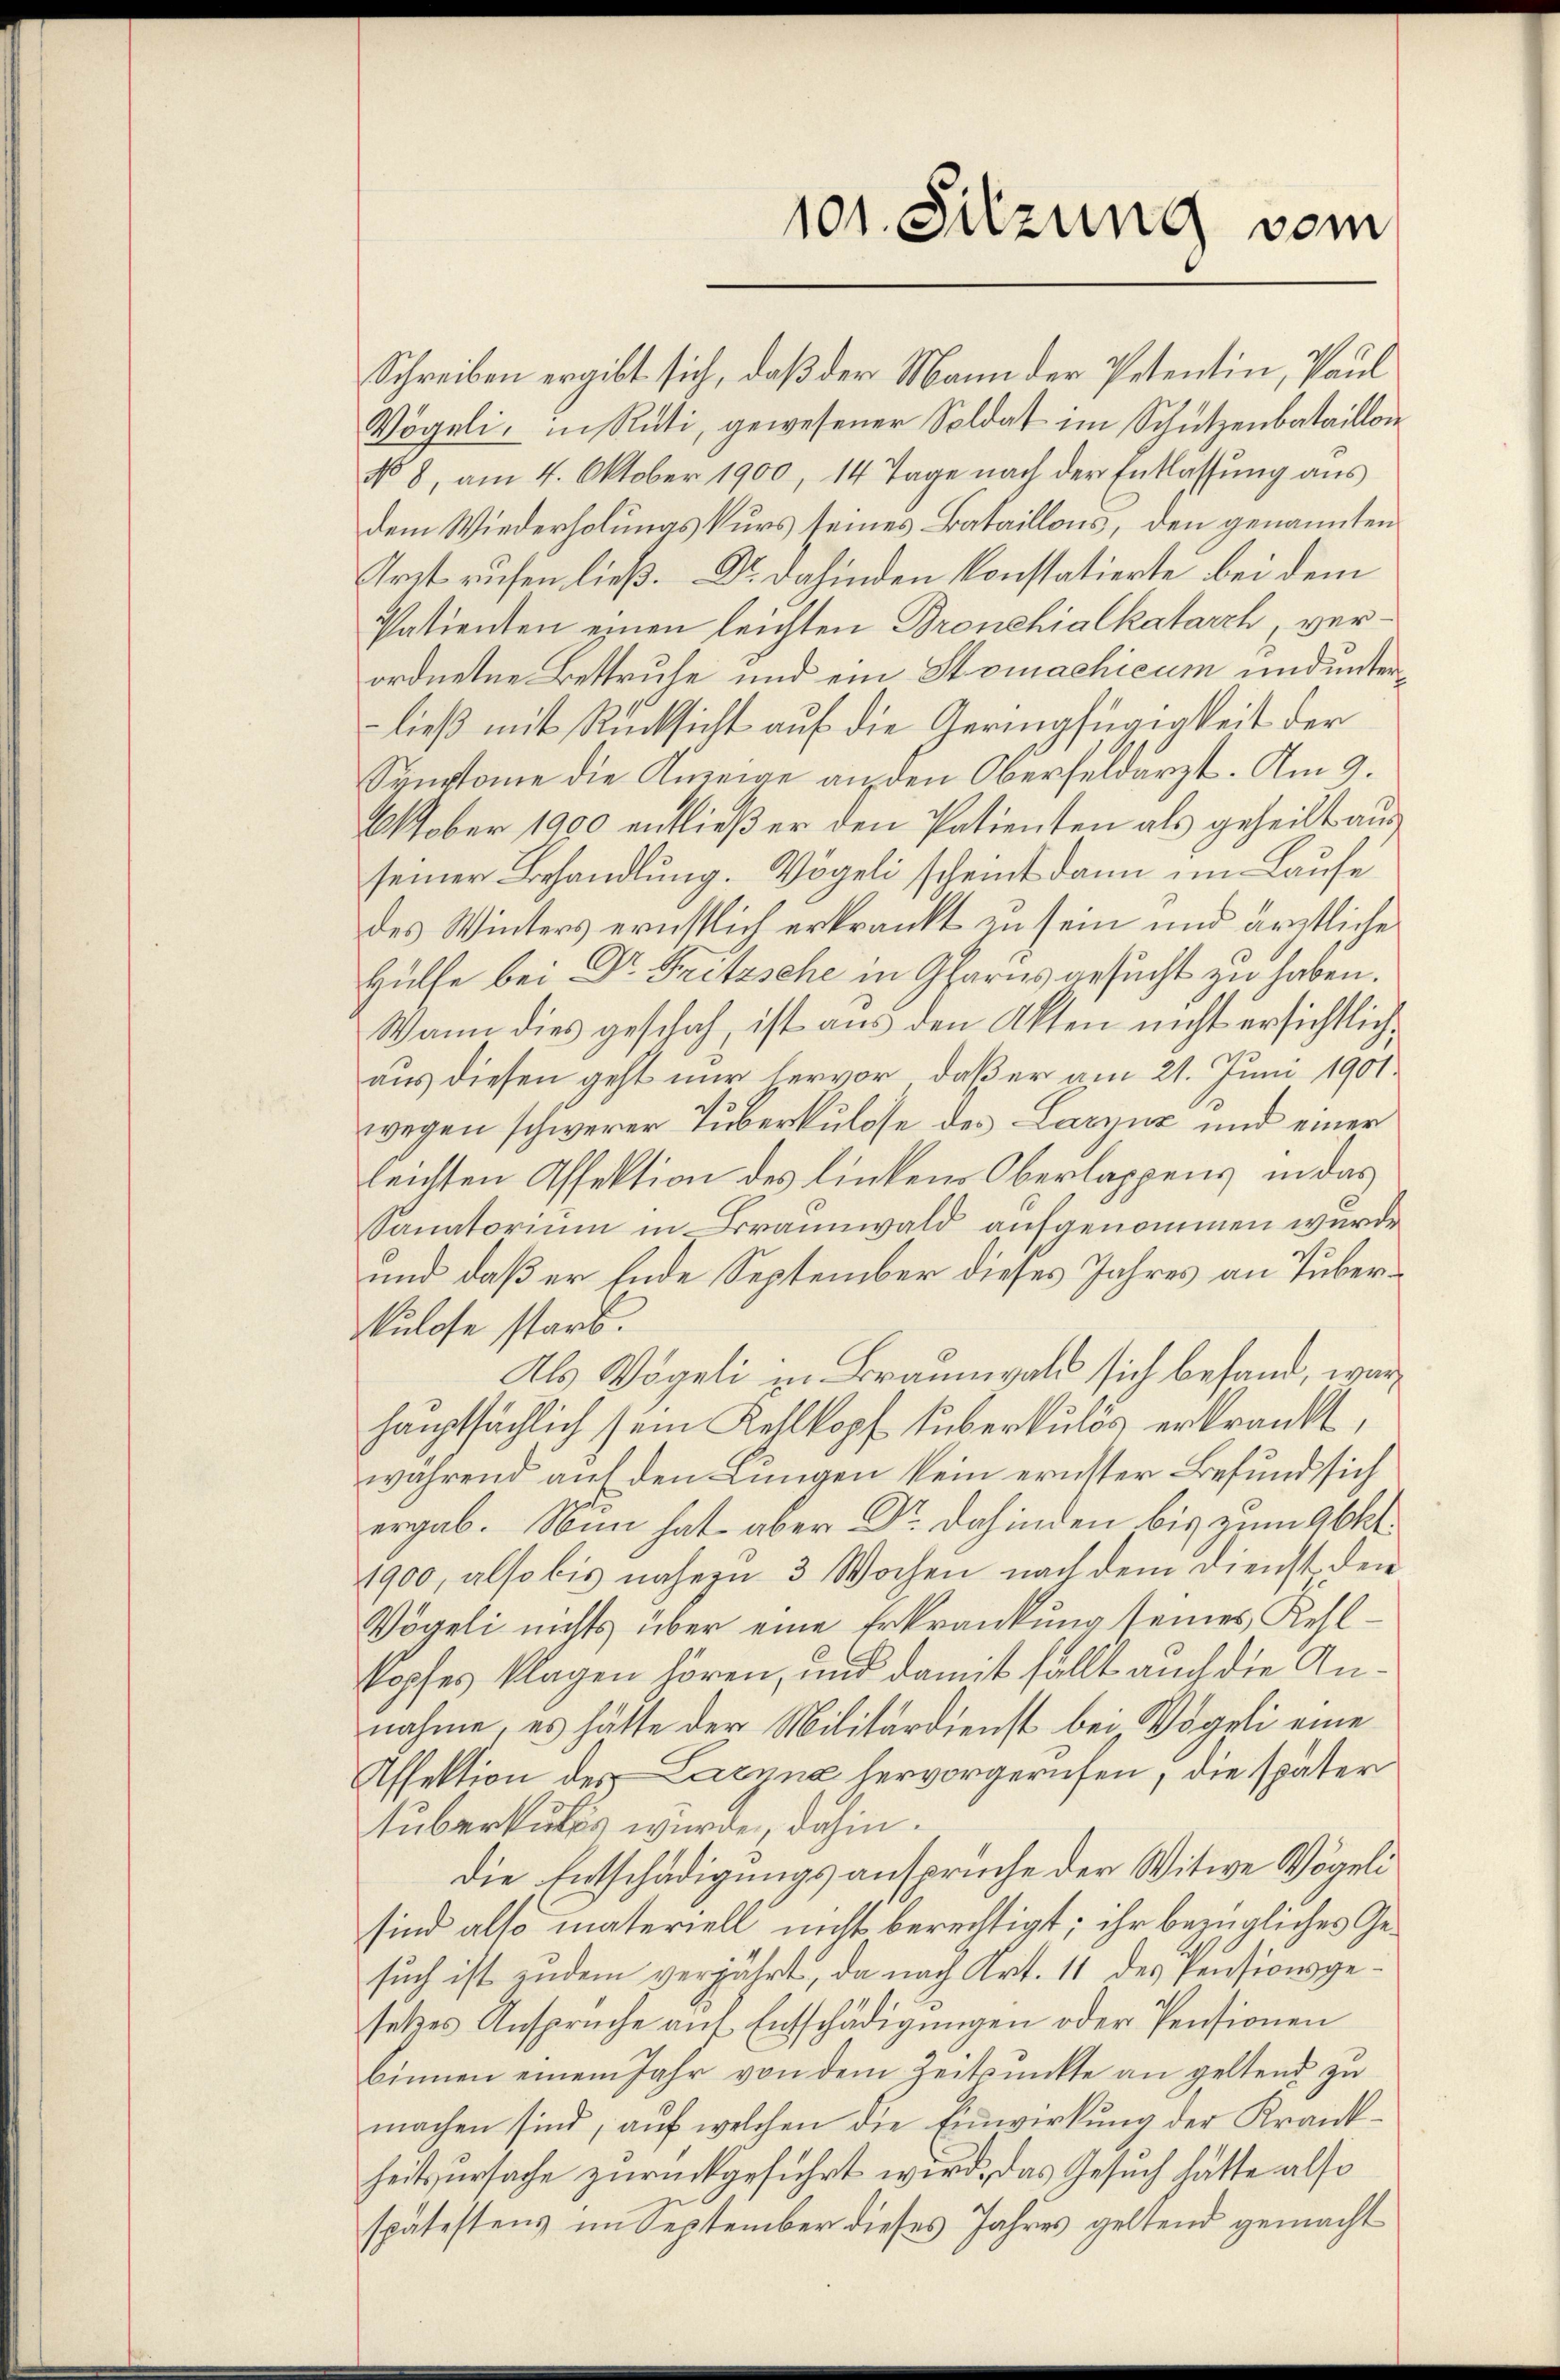
Schreiben ergibt sich, daß der Mann der Petentin, Paul
Vögeli, in Rüti, gewesener Soldat im Schützenbataillon
No 8, am 4. Oktober 1900, 14 Tage nach der Entlassŭng ans
dem Wiederholungskurs seines Bataillons, den genannten
Arzt rufen ließ. Dr. dahinden konstatierte bei dem
Vatienten einen leichten Bronchialkatarch, verordnetene Bettruhe und ein Stomachicum und unter¬
-ließ mit Rücksicht auf die Geringfügigkeit der
Symptome die Anzeige an den Oberfeldarzt. Am 9.
Oktober 1900 entließ er den Patienten als geheilt aus
seiner Behandlung. Vögeli scheint dann im Laufe
des Winters ernstlich erkrankt zu sein und ärztliche
Hülfe bei Dr. Fritzsche in Glarus gesucht zu haben.
Wann dies geschah, ist aus den Akten nicht ersichtlichaus diesen geht nur hervor, daß er am 21. Juni 1901.
wegen schwerer Tuberkulose des Laryuz und einer
leichten Affektion des linken Oberlappens, in das
Sanatorium in Braunwald aufgenommen wurde.
und daß er Ende September dieses Jahres an Tuberkulose starb.
Als Vögeli in Braunwald sich befand, wärhauptsächlich sein Kehlkopf überkulös erkrankt,
während auf den Lungen kein ernster Befund sich
ergab. Nun hat aber Dr. Dahinden bis zum Abkl
1900, also bis nahezu 3 Wochen nach dem Dienst den
Vögeli nichts über eine Erkrankung seines Kehlkopfes klagen hören, und damit fällt auch die Annahme, es hätte der Militärdienst bei Vögeli eine
Affektion des Lanna hervorgerufen, die später
tuberkulos wurde, dahin.
Die Entschädigungsansprüche der Witwe Vögeli
sind also materiell nicht berechtigt; ihr bezügliches Gesuch ist indem verjährt, da nach Art. 11 des Pensionsgesetzes Ansprüche aŭf Entschädigŭngen oder Pensionen
binnen einem Jahr von dem Zeitpunkte an geltend zu
machen sind, auf welchen die Einwirkung der Krankheitsursache zurückgeführt wird, das Gesuch hätte also
spätestens im September dieses Jahres geltend gemacht

101. Sitzung vom